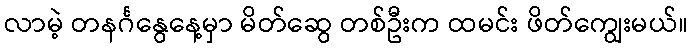
လာမဲ့ တနင်္ဂနွေနေ့မှာ မိတ်ဆွေ တစ်ဦးက ထမင်း ဖိတ်ကျွေးမယ်။